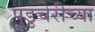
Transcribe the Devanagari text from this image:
पुडुचेरीच्या